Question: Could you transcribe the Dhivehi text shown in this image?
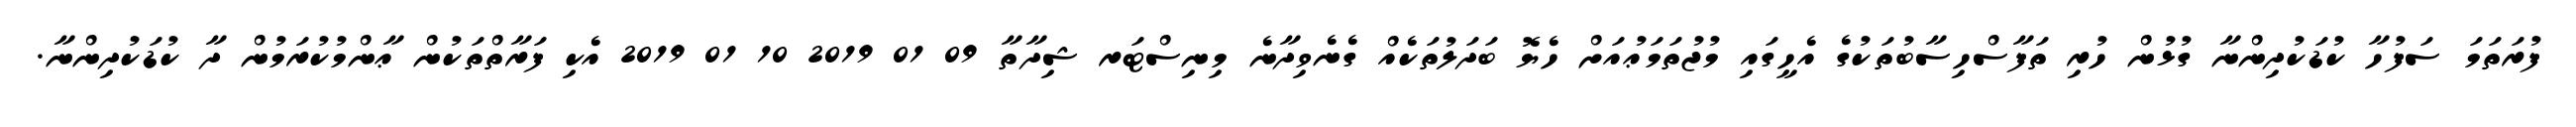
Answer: ފުރަތަމަ ސަފުހާ ކުޑަކުދިންނާ ގުޅުން ހުރި ތަފާސްހިސާބުތަކުގެ އެހީގައި މުޖުތަމަޢުއަށް ހެޔޮ ބަދަލުތަކެއް ގެނެވިދާނެ މިނިސްޓަރ ޝިދާތާ 09 01 2019 10 01 2019 އެކި ފަރާތްތަކުން ޢާންމުކުރަމުން ދާ ކުޑަކުދިންނާ.